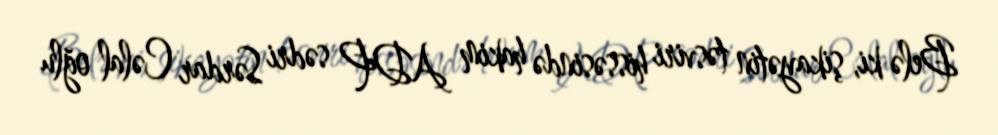
Belə ki, şikayətin təsviri hissəsində hakim ADP sədri Sərdar Cəlal oğlu